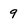
Character: 9